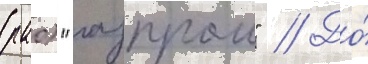
(рао) "газпром" // До́